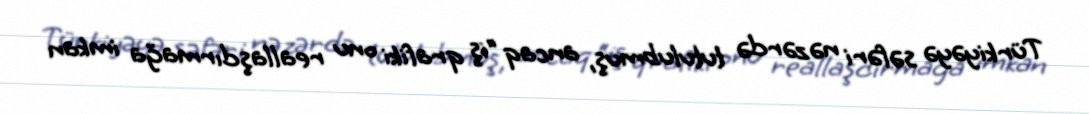
Türkiyəyə səfəri nəzərdə tutulubmuş, ancaq “iş qrafiki onu reallaşdırmağa imkan